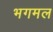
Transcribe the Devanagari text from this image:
भगमल